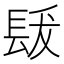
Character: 𨱳